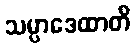
သမ္ပာဒေထာတိ